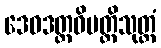
ဒေဝဒတ္တဝိပတ္တိသုတ္တံ